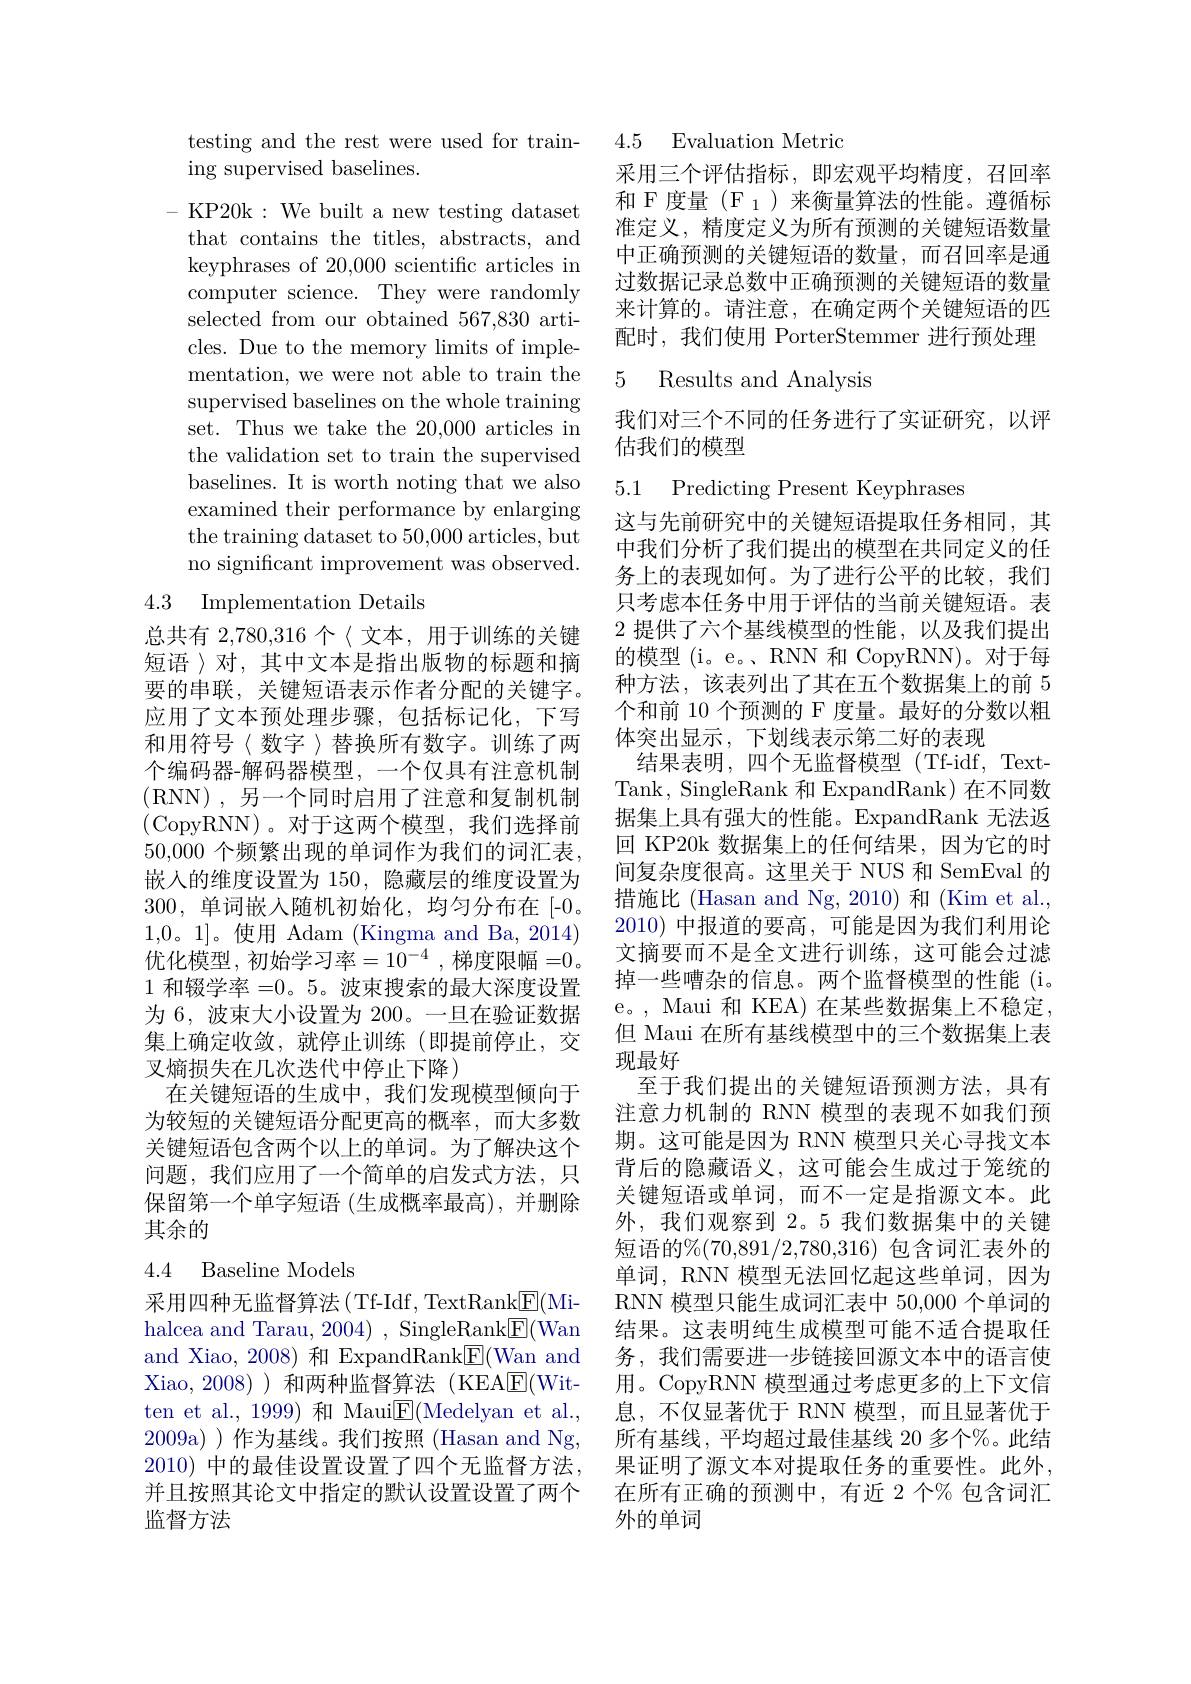
testing and the rest were used for train-
ing supervised baselines.

- KP20k : We built a new testing dataset that contains the titles, abstracts, and keyphrases of 20,000 scientific articles in computer science. They were randomly selected from our obtained 567,830 articles. Due to the memory limits of implementation, we were not able to train the supervised baselines on the whole training set. Thus we take the 20,000 articles in the validation set to train the supervised baselines. It is worth noting that we also examined their performance by enlarging the training dataset to 50,000 articles, but no significant improvement was observed.

## 4.3 Implementation Details

总共有 2,780,316 个〈文本，用于训练的关键短语 〉对，其中文本是指出版物的标题和摘要的串联，关键短语表示作者分配的关键字。应用了文本预处理步骤，包括标记化，下写和用符号〈数字〉替换所有数字。训练了两个编码器-解码器模型，一个仅具有注意机制(RNN),另一个同时启用了注意和复制机制(CopyRNN)。对于这两个模型，我们选择前50,000 个频繁出现的单词作为我们的词汇表， 嵌入的维度设置为 150, 隐藏层的维度设置为300,单词嵌人随机初始化，均匀分布在[-0。1,0。1]。使用 Adam (Kingma and Ba, 2014) 优化模型，初始学习率$=10^-4$ ,梯度限幅 =0。1和辍学率 =0。5。波束搜索的最大深度设置为 6, 波束大小设置为 200。一旦在验证数据集上确定收敛，就停止训练(即提前停止，交叉熵损失在几次迭代中停止下降)
在关键短语的生成中，我们发现模型倾向于为较短的关键短语分配更高的概率，而大多数关键短语包含两个以上的单词。为了解决这个问题，我们应用了一个简单的启发式方法，只保留第一个单字短语 (生成概率最高), 并删除其余的

## 4.4 Baseline Models

采用四种无监督算法(Tf-Idf, TextRank$\underline{\mathrm{E}}($Mihalcea and Tarau, 2004), SingleRank$\boxed{\mathrm{F}}($Wan and Xiao, 2008) 和 ExpandRank$\underline{\mathrm{E}}($Wan and Xiao, 2008) )和两种监督算法 (KEA$\underline{\mathrm{F}}($Witten et al., 1999) 和 Maui$\underline{\mathrm{E}}($Medelyan et al. 2009a) )作为基线。我们按照 (Hasan and Ng, 2010) 中的最佳设置设置了四个无监督方法， 并且按照其论文中指定的默认设置设置了两个监督方法

## 4.5 Evaluation Metric

采用三个评估指标，即宏观平均精度，召回率和 F 度量$(\mathscr{F}_1)$来衡量算法的性能。遵循标准定义，精度定义为所有预测的关键短语数量中正确预测的关键短语的数量，而召回率是通过数据记录总数中正确预测的关键短语的数量来计算的。请注意，在确定两个关键短语的匹配时，我们使用 PorterStemmer 进行预处理

## 5 Results and Analysis

我们对三个不同的任务进行了实证研究，以评
估我们的模型

5.1 Predicting Present Keyphrases

这与先前研究中的关键短语提取任务相同，其中我们分析了我们提出的模型在共同定义的任务上的表现如何。为了进行公平的比较，我们只考虑本任务中用于评估的当前关键短语。表2 提供了六个基线模型的性能，以及我们提出的模型 (i。e。、RNN 和 CopyRNN)。对于每种方法，该表列出了其在五个数据集上的前 5个和前 10 个预测的 F 度量。最好的分数以粗体突出显示，下划线表示第二好的表现
结果表明，四个无监督模型(Tf-idf,TextTank, SingleRank 和 ExpandRank) 在不同数据集上具有强大的性能。ExpandRank 无法返回 KP20k 数据集上的任何结果，因为它的时间复杂度很高。这里关于 NUS 和 SemEval 的措施比 (Hasan and Ng, 2010) 和 (Kim et al., 2010)中报道的要高，可能是因为我们利用论文摘要而不是全文进行训练，这可能会过滤掉一些嘈杂的信息。两个监督模型的性能(i。e。, Maui 和 KEA) 在某些数据集上不稳定， 但 Maui 在所有基线模型中的三个数据集上表现最好
至于我们提出的关键短语预测方法，具有注意力机制的 RNN 模型的表现不如我们预期。这可能是因为 RNN 模型只关心寻找文本背后的隐藏语义，这可能会生成过于笼统的关键短语或单词，而不一定是指源文本。此外，我们观察到 2。5 我们数据集中的关键短语的%(70,891/2,780,316)包含词汇表外的单词，RNN 模型无法回忆起这些单词，因为RNN 模型只能生成词汇表中 50,000 个单词的结果。这表明纯生成模型可能不适合提取任务，我们需要进一步链接回源文本中的语言使用。CopyRNN 模型通过考虑更多的上下文信息，不仅显著优于 RNN 模型，而且显著优于所有基线，平均超过最佳基线 20 多个%。此结果证明了源文本对提取任务的重要性。此外， 在所有正确的预测中，有近 2 个% 包含词汇外的单词